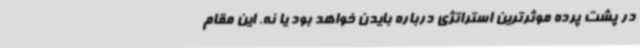
در پشت پرده موثرترین استراتژی درباره بایدن خواهد بود یا نه. این مقام